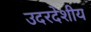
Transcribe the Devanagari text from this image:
उदरदेशीय